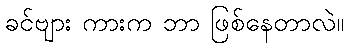
ခင်ဗျား ကားက ဘာ ဖြစ်နေတာလဲ။